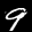
Label: 9